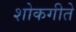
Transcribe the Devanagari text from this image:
शोकगीते